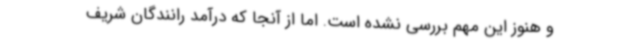
و هنوز این مهم بررسی نشده است. اما از آنجا که درآمد رانندگان شریف